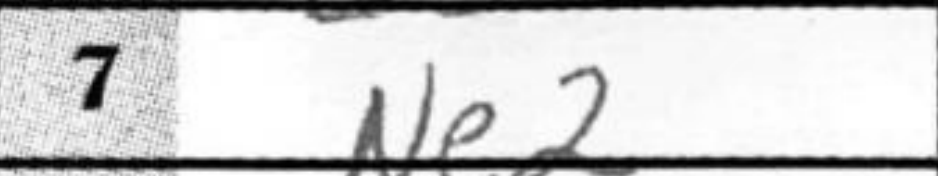
Transcription: Ne2